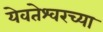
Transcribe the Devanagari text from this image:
येवतेश्वरच्या